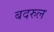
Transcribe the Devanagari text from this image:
बदरुल